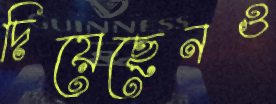
দিয়েছেনও